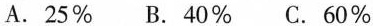
A.25\% B.40\% C.60\%